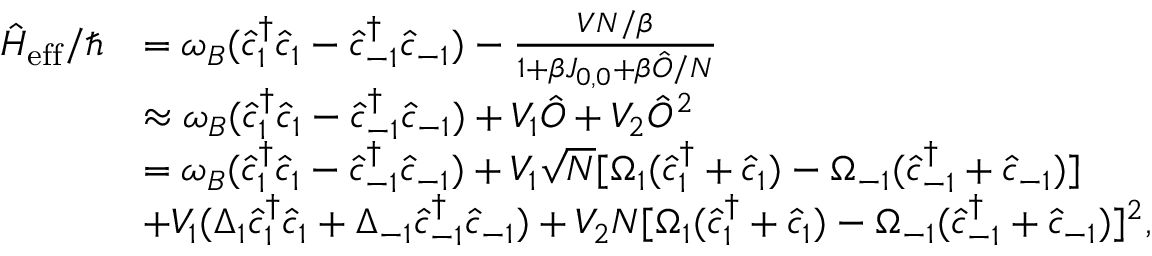
\begin{array} { r l } { \hat { H } _ { \mathrm { e f f } } / \hbar } & { = \omega _ { B } ( \hat { c } _ { 1 } ^ { \dagger } \hat { c } _ { 1 } - \hat { c } _ { - 1 } ^ { \dagger } \hat { c } _ { - 1 } ) - \frac { V N / \beta } { 1 + \beta J _ { 0 , 0 } + \beta \hat { O } / N } } \\ & { \approx \omega _ { B } ( \hat { c } _ { 1 } ^ { \dagger } \hat { c } _ { 1 } - \hat { c } _ { - 1 } ^ { \dagger } \hat { c } _ { - 1 } ) + V _ { 1 } \hat { O } + V _ { 2 } \hat { O } ^ { 2 } } \\ & { = \omega _ { B } ( \hat { c } _ { 1 } ^ { \dagger } \hat { c } _ { 1 } - \hat { c } _ { - 1 } ^ { \dagger } \hat { c } _ { - 1 } ) + V _ { 1 } \sqrt { N } [ \Omega _ { 1 } ( \hat { c } _ { 1 } ^ { \dagger } + \hat { c } _ { 1 } ) - \Omega _ { - 1 } ( \hat { c } _ { - 1 } ^ { \dagger } + \hat { c } _ { - 1 } ) ] } \\ & { + V _ { 1 } ( \Delta _ { 1 } \hat { c } _ { 1 } ^ { \dagger } \hat { c } _ { 1 } + \Delta _ { - 1 } \hat { c } _ { - 1 } ^ { \dagger } \hat { c } _ { - 1 } ) + V _ { 2 } N [ \Omega _ { 1 } ( \hat { c } _ { 1 } ^ { \dagger } + \hat { c } _ { 1 } ) - \Omega _ { - 1 } ( \hat { c } _ { - 1 } ^ { \dagger } + \hat { c } _ { - 1 } ) ] ^ { 2 } , } \end{array}